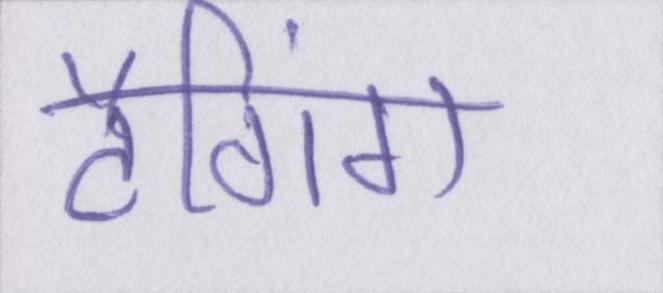
टैगिंग